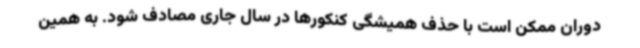
دوران ممکن است با حذف همیشگی کنکورها در سال جاری مصادف شود. به همین